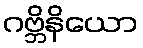
ဂဗ္ဘိနိယော